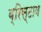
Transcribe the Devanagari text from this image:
ब्रिस्टाव